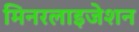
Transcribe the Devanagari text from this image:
मिनरलाइजेशन